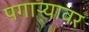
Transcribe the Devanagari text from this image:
पगाऱ्यावर